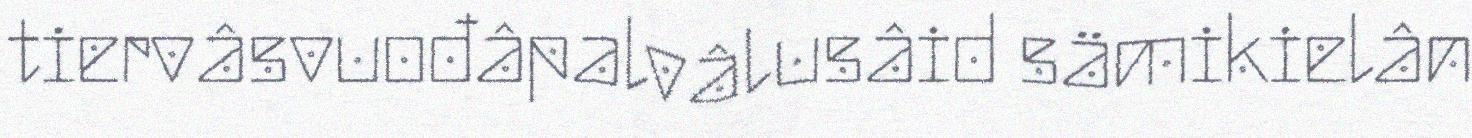
tiervâsvuođâpalvâlusâid sämikielân